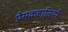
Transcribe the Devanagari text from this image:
प्रेमकहानियाँ